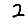
Digit: 2